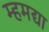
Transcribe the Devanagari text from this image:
म्हमद्या